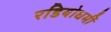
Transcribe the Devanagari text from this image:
रडियोधर्मी